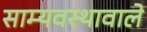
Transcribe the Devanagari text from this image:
साम्यवस्थावाले